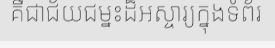
គឺជាជ័យជម្នះដ៏អស្ចារ្យក្នុងទំព័រ